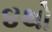
૪થો